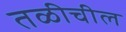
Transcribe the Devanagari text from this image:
तळीचील